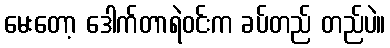
မေးတော့ ဒေါက်တာရဲဝင်းက ခပ်တည် တည်ပဲ။